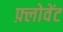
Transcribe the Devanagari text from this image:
फ़्लोवेंट